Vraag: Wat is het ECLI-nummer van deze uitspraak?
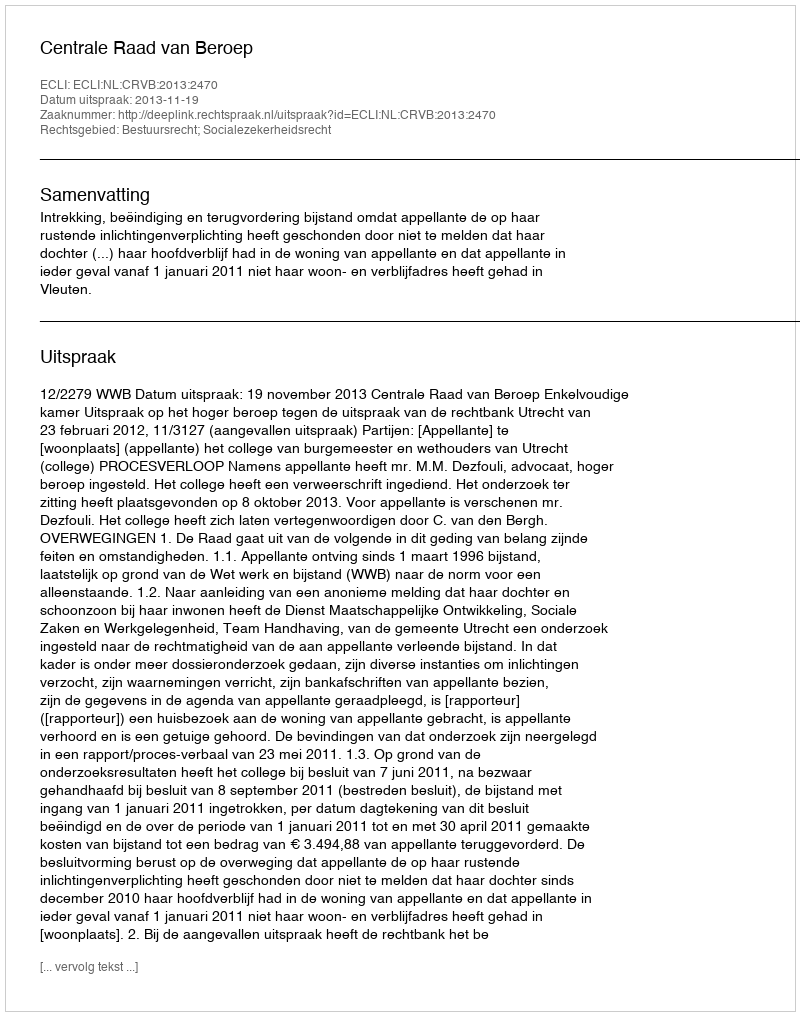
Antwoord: ECLI:NL:CRVB:2013:2470